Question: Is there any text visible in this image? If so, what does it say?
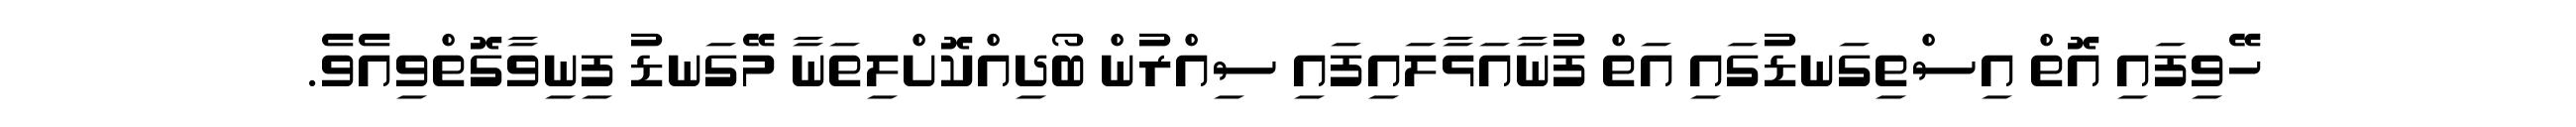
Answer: ހޭވިފައި އޮތް އިސްތިގަނޑުގައި އަތް ފުނާއަޅާލައިފައި ސިއްރުން ބޯދިއްކޮށްލިތަނާ މޭގަނޑު ފިނިވާގޮތްވިއެވެ.